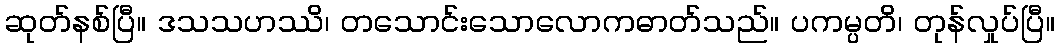
ဆုတ်နစ်ပြီ။ ဒသသဟဿိ၊ တသောင်းသောလောကဓာတ်သည်။ ပကမ္ပတိ၊ တုန်လှုပ်ပြီ။